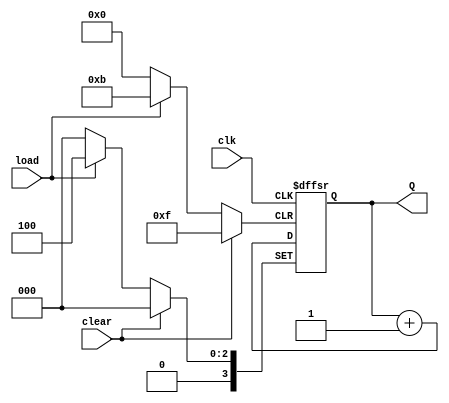
module Four_Bit_Unsigned_Const_Load_UpCounter(Q, load, clk, clear);
	
	output [3:0]Q;
	input load, clk, clear;
	reg [3:0]Q, val;
	
	assign val = 4'b0100;
	
	always @(posedge clk or posedge load or posedge clear)
		begin
			if(clear)
				Q <= 4'b0;
			else if(load)
				Q <= val;
			else 
				Q <= Q + 1;
		end

endmodule